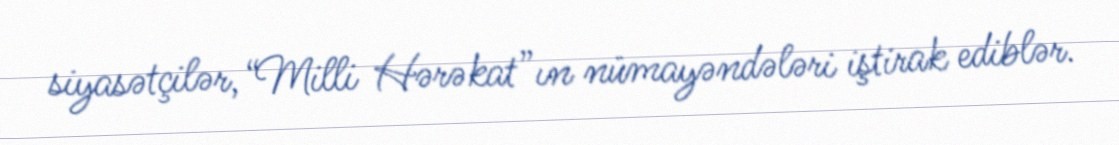
siyasətçilər, “Milli Hərəkat”ın nümayəndələri iştirak ediblər.